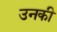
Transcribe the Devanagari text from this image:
उनकी